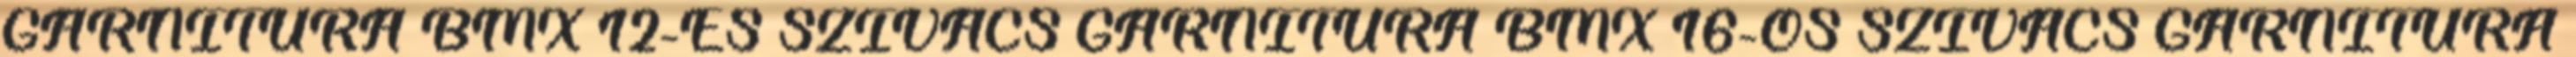
GARNITÚRA BMX 12-ES SZIVACS GARNITÚRA BMX 16-OS SZIVACS GARNITÚRA